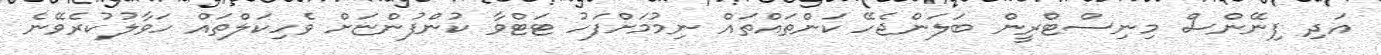
އަދި ފިނޭންސް މިނިސްޓްރީން ބަލަންޖެހޭ ކަންތައްތައް ނިމުމަށްފަހު ޓަޓްވާ ކުންފުންޏަށް ވެހިކަލްތައް ހަވާލުކުރެވޭނެ